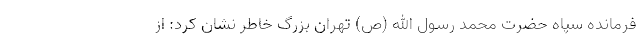
فرمانده سپاه حضرت محمد رسول الله (ص) تهران بزرگ خاطر نشان کرد: از